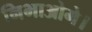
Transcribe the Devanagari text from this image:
निभाओगे।